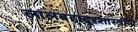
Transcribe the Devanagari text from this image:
लालबहादूरशास्त्रींनी